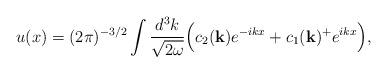
LaTeX: \begin{align*}u(x)=(2 \pi)^{-3/2} \int \frac{d^3k}{\sqrt {2 \omega}} \Bigl( c_2({\bf{k}})e^{-ikx}+c_1({\bf{k}})^+ e^{ikx} \Bigr),\end{align*}